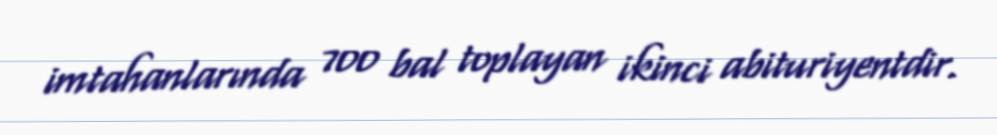
imtahanlarında 700 bal toplayan ikinci abituriyentdir.